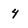
Character: 4